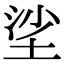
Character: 𡋷